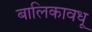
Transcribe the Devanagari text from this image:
बालिकावधू